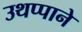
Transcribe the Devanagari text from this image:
उथप्पाने